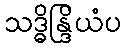
သဒ္ဓိန္ဒြိယံပ